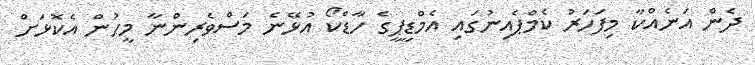
ދެން އަނެއްކާ މިފަހަރު ކެމްޕެއިނުގައި އެމްޑީޕީގެ ހާޑްކޯ އުޅޭނެ މަސްވެރިންނާ މީހުން އެކޮޅަށް